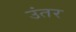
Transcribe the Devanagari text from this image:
उंतर